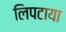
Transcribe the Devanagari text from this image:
लिपटाया